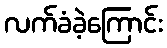
လက်ခံခဲ့ကြောင်း